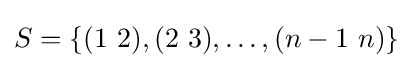
S=\{(1\ 2),(2\ 3),\ldots ,(n-1\ n)\}